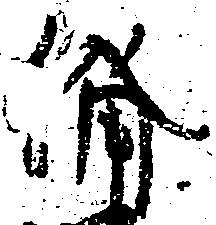
備